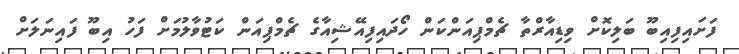
ފަށައިފިއިބޫ ބަލިކޮށް ވިޑިއާރްތާ ޗެމްޕިއަންކަން ހޯދައިފިއޭޝިއާގެ ޗެމްޕިއަން ކަޓުވާލުމަށް ފަހު އިބޫ ފައިނަލަށް